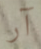
آر